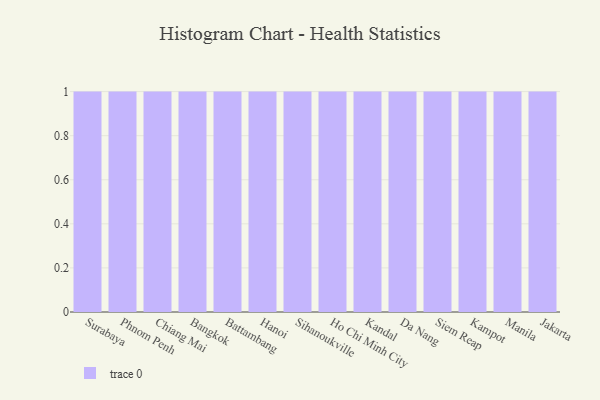
{"axis": {"x": "City", "y": "Customer Acquisition Cost (USD)"}, "legend": [""], "data": [{"x": "Surabaya", "y": 35, "type": ""}, {"x": "Phnom Penh", "y": 49, "type": ""}, {"x": "Chiang Mai", "y": 46, "type": ""}, {"x": "Bangkok", "y": 78, "type": ""}, {"x": "Battambang", "y": 85, "type": ""}, {"x": "Hanoi", "y": 16, "type": ""}, {"x": "Sihanoukville", "y": 83, "type": ""}, {"x": "Ho Chi Minh City", "y": 86, "type": ""}, {"x": "Kandal", "y": 47, "type": ""}, {"x": "Da Nang", "y": 21, "type": ""}, {"x": "Siem Reap", "y": 29, "type": ""}, {"x": "Kampot", "y": 31, "type": ""}, {"x": "Manila", "y": 100, "type": ""}, {"x": "Jakarta", "y": 42, "type": ""}]}